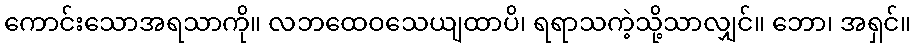
ကောင်းသောအရသာကို။ လဘထေဝသေယျထာပိ၊ ရရာသကဲ့သို့သာလျှင်။ ဘော၊ အရှင်။